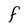
Character: F